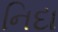
નિદા